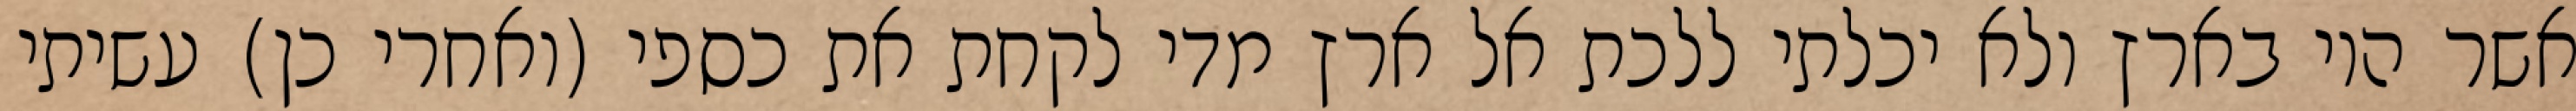
אשר היו בארץ ולא יכלתי ללכת אל ארץ מדי לקחת את כספי (ואחרי כן) עשיתי